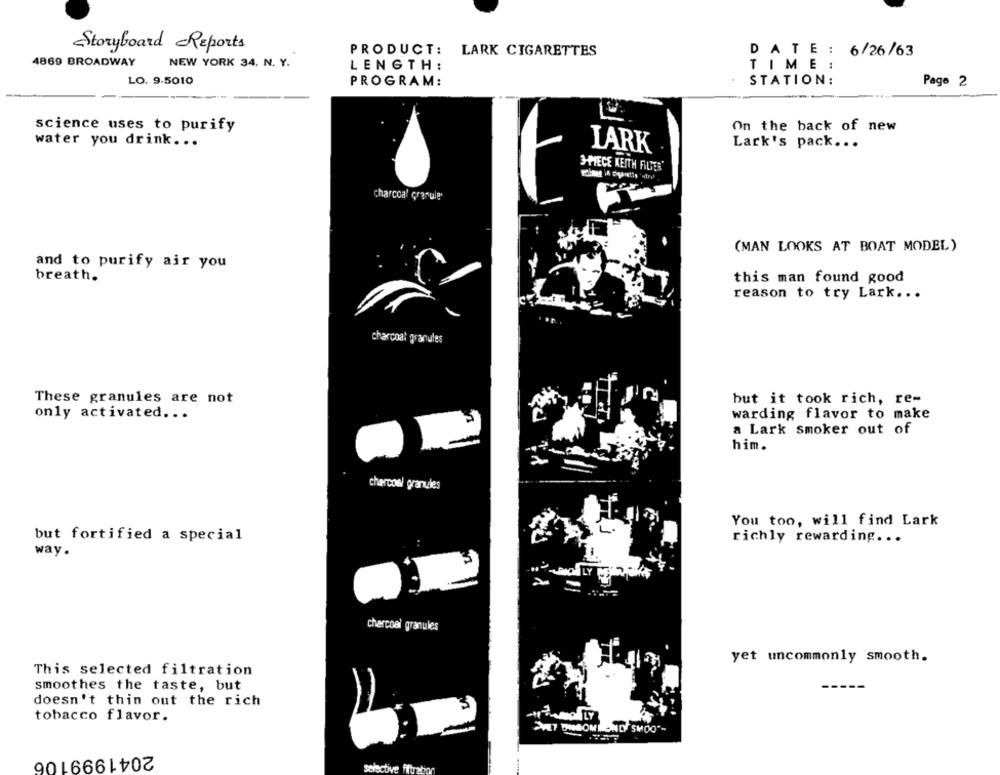
Storyboard Reports
PRODUCT:
LARK CIGARETTES
DATE : 6/26/63
4869 BROADWAY
NEW YORK 34. N. Y.
LENGTH:
TIME :
LO. 9.5010
PROGRAM:
STATION:
Page 2
science uses to purify
On the back of new
water you drink ...
LARK
Lark's pack ...
3-PIECE KEITH FILTER'
charcoal Granule
(MAN LOOKS AT BOAT MODEL)
and to purify air you
breath.
this man found good
reason to try Lark. . .
charcoal granules
These granules are not
but it took rich, re-
only activated ...
warding flavor to make
a Lark smoker out of
him.
chercoel granules
You too, will find Lark
but fortified a special
richly rewarding ...
way.
-
charcoal granules
yet uncommonly smooth.
This selected filtration
smoothes the taste, but
doesn't thin out the rich
tobacco flavor.
VET DUGOMTONDY SMOO"
2041999106